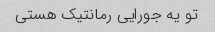
تو یه جورایی رمانتیک هستی